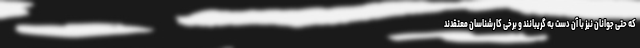
که حتی جوانان نیز با آن دست به گریبانند و برخی کارشناسان معتقدند